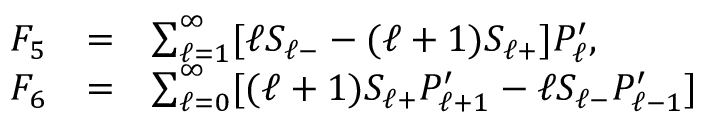
\begin{array} { r c l } { { { \cal F } _ { 5 } } } & { { = } } & { { \sum _ { \ell = 1 } ^ { \infty } [ \ell S _ { \ell - } - ( \ell + 1 ) S _ { \ell + } ] P _ { \ell } ^ { \prime } , } } \\ { { { \cal F } _ { 6 } } } & { { = } } & { { \sum _ { \ell = 0 } ^ { \infty } [ ( \ell + 1 ) S _ { \ell + } P _ { \ell + 1 } ^ { \prime } - \ell S _ { \ell - } P _ { \ell - 1 } ^ { \prime } ] } } \end{array}